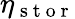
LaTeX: \eta_{\mathrm{~s~t~o~r~}}